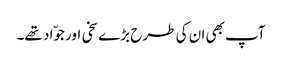
آپ بھی ان کی طرح بڑے سخی اور جوّاد تھے۔